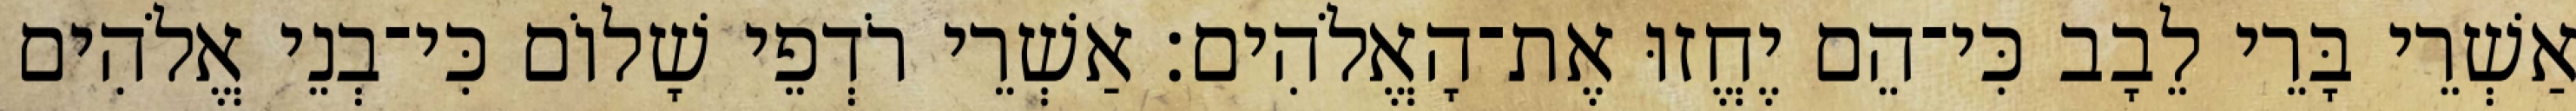
אַשְׁרֵי בָּרֵי לֵבָב כִּי־הֵם יֶחֱזוּ אֶת־הָאֱלֹהִים׃ אַשְׁרֵי רֹדְפֵי שָׁלוֹם כִּי־בְנֵי אֱלֹהִים